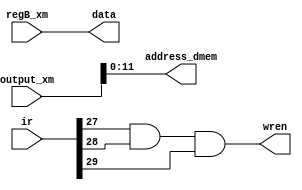
module memory(ir, output_xm, regB_xm, address_dmem, data, wren);
	input [31:0] ir, output_xm, regB_xm;
	output [11:0] address_dmem;
	output [31:0] data;
	output wren;
	
	wire store;
	and a0(store, ir[27], ir[28], ir[29]);
	
	assign wren = store;
	
	assign address_dmem = output_xm[11:0];
	
	assign data = regB_xm;
	
endmodule